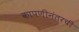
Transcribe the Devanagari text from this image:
कापणीनंतरची